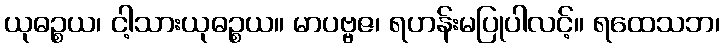
ယုဓဉ္စယ၊ ငါ့သားယုဓဉ္စယ။ မာပဗ္ဗဇ၊ ရဟန်းမပြုပါလင့်။ ရထေသဘ၊